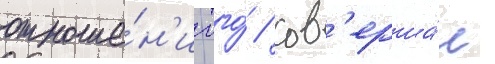
отноше́н'ии того́ / сов'ерша́л